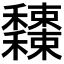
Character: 𥤕